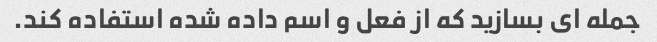
جمله ای بسازید که از فعل و اسم داده شده استفاده کند.